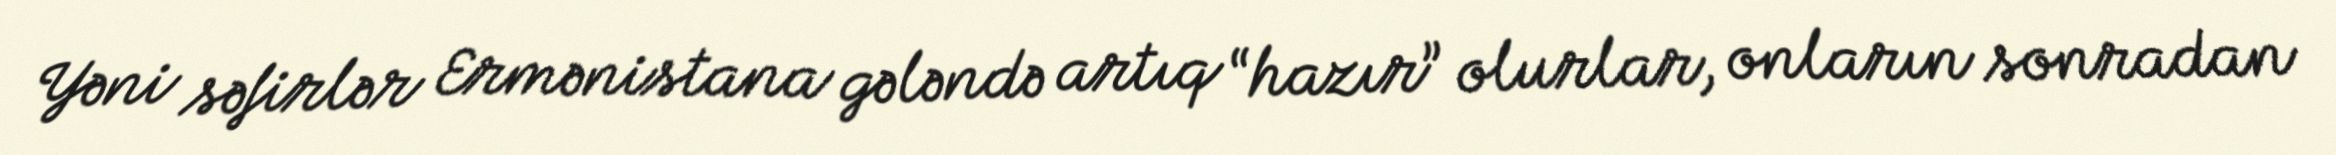
Yəni səfirlər Ermənistana gələndə artıq “hazır” olurlar, onların sonradan